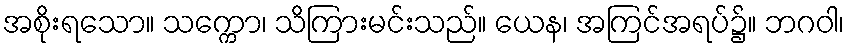
အစိုးရသော။ သက္ကော၊ သိကြားမင်းသည်။ ယေန၊ အကြင်အရပ်၌။ ဘဂဝါ၊